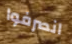
انصرفوا